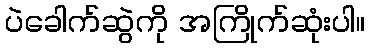
ပဲခေါက်ဆွဲကို အကြိုက်ဆုံးပါ။